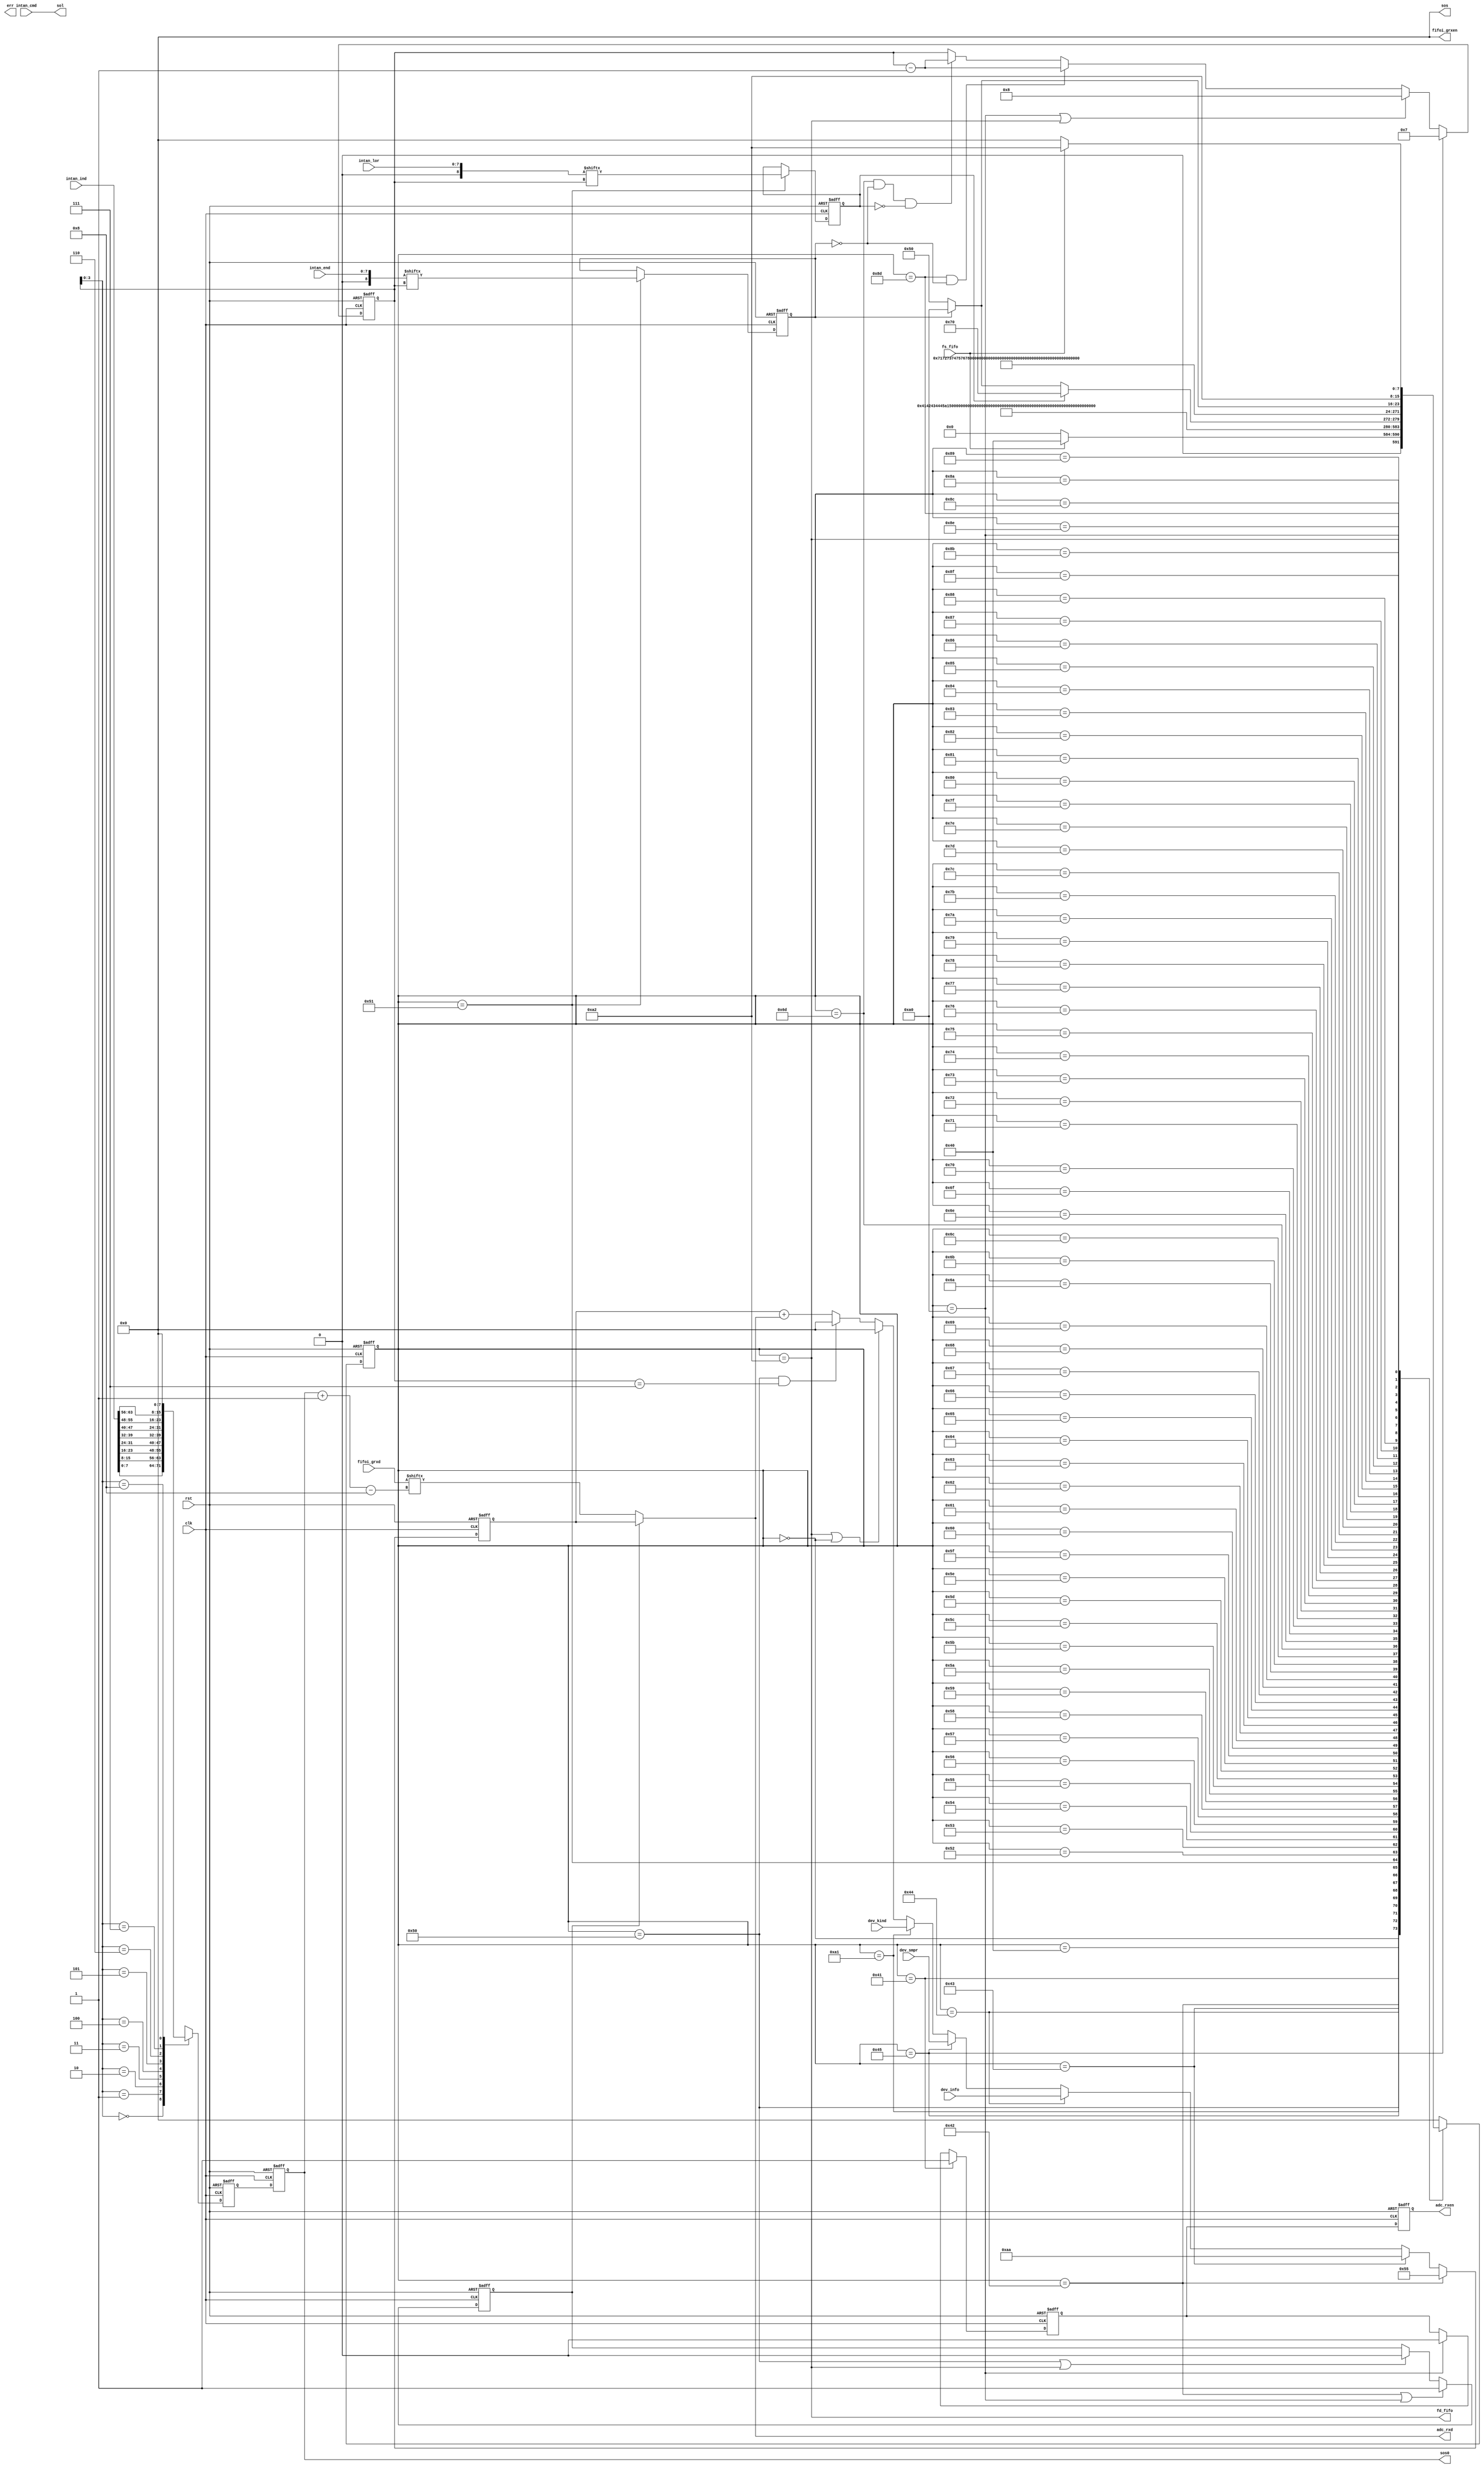
// ## 0. DOCUMENT SECTION
// #region 
//////////////////////////////////////////////////////////////////////////////////
//                                                                              //
//                                                                              //
//      Please feel free to contact me if there are BUGs in my program.         //
//      For I know they are everywhere.                                         //
//      I can do nothing but encourage you to debug desperately.                //
//      GOOD LUCK, HAVE FUN!!                                                   //
//////////////////////////////////////////////////////////////////////////////////
//                                                                              //
//                              SJTU BCI-Lab 205                                //
//                            All rights reserved                               //
//                                                                              //
//////////////////////////////////////////////////////////////////////////////////
// fifo2adc.v:
//  ADC-II FIFO  ETH-II FIFO

// ## 1. 
// * 

// ## 2. 
// * fifoi_grxen 
// * adc_rxen 
// *  

//////////////////////////////////////////////////////////////////////////////////
// #endregion 
module fifo2adc( // 
    // ## 1. IO SECTION
    // #region

    // #### CRE SECTION
    input clk,
    input rst,
    output err,

    // #### CONTROL SECTION
    // ###### OPTION PART
    input fs_fifo,
    output fd_fifo,

    output reg adc_rxen, // fifod 
    output  [7:0] fifoi_grxen, //intan_fifo
    // ###### DATA PART

    // #### DATA_SECTION
    input [7:0] dev_kind, // 
    input [7:0] dev_info, // 44
    input [7:0] dev_smpr,

    input [63:0] fifoi_grxd,
    output [7:0] adc_rxd,

    input [63:0] intan_cmd,
    input [63:0] intan_ind,
    input [7:0] intan_lor,
    input [7:0] intan_end,
    output [7:0] sos,
    output [7:0] sos0,
    output [63:0] sol
    
    // #endregion
);
    
    // ## 2. VARIABLE SECTION
    // #regiond
    // #### 1. REGISTER PART
    // #region
    // ###### OPTION
    // ###### LINK
    reg [7:0] state, next_state;
    wire [7:0] fifoi_gcmd[8:0]; // INTANFIFO 0x80 // FIFO_RD_EN
    wire [8:0] fifoi_glor; // FIFO32
    wire [8:0] fifoi_gend; // FIFO
    wire [7:0] fifoi_gind[8:0]; // 0x3F // FIFO_IND
    reg [7:0] fifo_ind;
    reg [7:0] pprev_fifo_ind, prev_fifo_ind;
    reg flag_hord; // HEAD OR DATA

    reg flag_lort; // DATA LONG OR SHORT
    reg flag_end;
    reg [7:0] flag_cmd, nflag_cmd;
    reg [7:0] flag_ind;
    // ###### DATA
    reg [7:0] head_data;
    reg [7:0] fifo_num;
    reg [7:0] fifo_num_opt;
    reg prev_adc_rxen;

    // TEST
    assign sos = fifoi_grxen;
    assign sol = intan_cmd;
    assign sos0 = fifo_ind;
    // #endregion

    // #### 2. WIRE PART
    // #region

    // #endregion

    assign fifoi_gcmd[8] = 8'h00;
    assign fifoi_gcmd[7] = intan_cmd[63:56];
    assign fifoi_gcmd[6] = intan_cmd[55:48];
    assign fifoi_gcmd[5] = intan_cmd[47:40];
    assign fifoi_gcmd[4] = intan_cmd[39:32];
    assign fifoi_gcmd[3] = intan_cmd[31:24];
    assign fifoi_gcmd[2] = intan_cmd[23:16];
    assign fifoi_gcmd[1] = intan_cmd[15:8];
    assign fifoi_gcmd[0] = intan_cmd[7:0];

    assign fifoi_gind[8] = 8'h00;
    assign fifoi_gind[7] = intan_ind[63:56];
    assign fifoi_gind[6] = intan_ind[55:48];
    assign fifoi_gind[5] = intan_ind[47:40];
    assign fifoi_gind[4] = intan_ind[39:32];
    assign fifoi_gind[3] = intan_ind[31:24];
    assign fifoi_gind[2] = intan_ind[23:16];
    assign fifoi_gind[1] = intan_ind[15:8];
    assign fifoi_gind[0] = intan_ind[7:0];

    assign fifoi_glor = intan_lor;
    assign fifoi_gend = intan_end;

    // #### 3. PARAMETER PART
    // #region
    // ###### STATE MACHINE PAGE
    // MAIN
    localparam MAIN_IDLE = 8'h00;
    // OPTION


    // DATA
    localparam IDLE_READ = 8'h40;
    localparam HEAD00 = 8'h41, HEAD01 = 8'h42, DEVOPT = 8'h43, DEVSPR = 8'h44;
    localparam DEVTYE = 8'h45; 
    localparam DAT00H = 8'h50, DAT00L = 8'h51, DAT01H = 8'h52, DAT01L = 8'h53;
    localparam DAT02H = 8'h54, DAT02L = 8'h55, DAT03H = 8'h56, DAT03L = 8'h57;
    localparam DAT04H = 8'h58, DAT04L = 8'h59, DAT05H = 8'h5A, DAT05L = 8'h5B;
    localparam DAT06H = 8'h5C, DAT06L = 8'h5D, DAT07H = 8'h5E, DAT07L = 8'h5F;
    localparam DAT08H = 8'h60, DAT08L = 8'h61, DAT09H = 8'h62, DAT09L = 8'h63;
    localparam DAT10H = 8'h64, DAT10L = 8'h65, DAT11H = 8'h66, DAT11L = 8'h67;
    localparam DAT12H = 8'h68, DAT12L = 8'h69, DAT13H = 8'h6A, DAT13L = 8'h6B;
    localparam DAT14H = 8'h6C, DAT14L = 8'h6D, DAT15H = 8'h6E, DAT15L = 8'h6F;
    localparam DAT16H = 8'h70, DAT16L = 8'h71, DAT17H = 8'h72, DAT17L = 8'h73;
    localparam DAT18H = 8'h74, DAT18L = 8'h75, DAT19H = 8'h76, DAT19L = 8'h77;
    localparam DAT20H = 8'h78, DAT20L = 8'h79, DAT21H = 8'h7A, DAT21L = 8'h7B;
    localparam DAT22H = 8'h7C, DAT22L = 8'h7D, DAT23H = 8'h7E, DAT23L = 8'h7F;
    localparam DAT24H = 8'h80, DAT24L = 8'h81, DAT25H = 8'h82, DAT25L = 8'h83;
    localparam DAT26H = 8'h84, DAT26L = 8'h85, DAT27H = 8'h86, DAT27L = 8'h87;
    localparam DAT28H = 8'h88, DAT28L = 8'h89, DAT29H = 8'h8A, DAT29L = 8'h8B;
    localparam DAT30H = 8'h8C, DAT30L = 8'h8D, DAT31H = 8'h8E, DAT31L = 8'h8F;
    localparam DATACK = 8'hA0, DATA_START = 8'hA1, DATA_DONE = 8'hA2;
    // #endregion
    // #endregion

    // ## 3. LOGICAL SECTION
    // #region
    // #### 1. COMBINATIONAL LOGIC PART
    // #region
    assign adc_rxd = (flag_hord==1'b1) ?head_data :fifoi_grxd[fifo_ind -: 8];
    assign fifoi_grxen = 8'h00;
    assign fd_fifo = (state == DATA_DONE);

    // #endregion

    // #### 2. SEQUENTIAL LOGIC PART
    // #region
    always @(posedge clk or posedge rst) begin // STATE
        if(rst) begin
            state <= MAIN_IDLE;
        end
        else begin
            state <= next_state;
        end
    end

    
    // always @(posedge clk or posedge rst) begin // fifoi_grxen
    //     if(rst) begin
    //         fifoi_grxen <= 8'h00;
    //     end
    //     else if(state == DAT31H && (~flag_end)) begin
    //         fifoi_grxen <= flag_cmd | nflag_cmd;
    //     end
    //     else if(state == DAT31H && (flag_end)) begin
    //         fifoi_grxen <= flag_cmd;
    //     end
    //     else if(state == DAT15L &&(~flag_end) && (~flag_lort)) begin
    //         fifoi_grxen <= flag_cmd | nflag_cmd;
    //     end
    //     else if(state == DAT15H &&(flag_end) && (~flag_lort)) begin
    //         fifoi_grxen <= flag_cmd;
    //     end 
    //     else if(state == DAT15L &&(flag_end) && (~flag_lort)) begin
    //         fifoi_grxen <= 8'h00;
    //     end
    //     else if(state == DAT31L && (flag_end)) begin
    //         fifoi_grxen <= 8'h00;
    //     end       
    //     else if(state == DATACK) begin
    //         fifoi_grxen <= 8'h00;
    //     end
    //     else begin
    //         fifoi_grxen <= flag_cmd;
    //     end

    // end
    
    always@(*) begin // STATE_READ
        case(state)
            MAIN_IDLE: begin
                if(fs_fifo)begin
                    next_state <= IDLE_READ;
                end
                else begin
                    next_state <= MAIN_IDLE;
                end
            end
            IDLE_READ: next_state <= HEAD00;
            HEAD00: next_state <= HEAD01;
            HEAD01: next_state <= DEVOPT;
            DEVOPT: next_state <= DEVSPR;
            DEVSPR: next_state <= DEVTYE;
            DEVTYE: next_state <= DATA_START;
            DATA_START: next_state <= DAT00H;
            DAT00H: next_state <= DAT00L;
            DAT00L: next_state <= DAT01H;
            DAT01H: next_state <= DAT01L;
            DAT01L: next_state <= DAT02H;
            DAT02H: next_state <= DAT02L;
            DAT02L: next_state <= DAT03H;
            DAT03H: next_state <= DAT03L;
            DAT03L: next_state <= DAT04H;
            DAT04H: next_state <= DAT04L;
            DAT04L: next_state <= DAT05H;
            DAT05H: next_state <= DAT05L;
            DAT05L: next_state <= DAT06H;
            DAT06H: next_state <= DAT06L;
            DAT06L: next_state <= DAT07H;
            DAT07H: next_state <= DAT07L;
            DAT07L: next_state <= DAT08H;
            DAT08H: next_state <= DAT08L;
            DAT08L: next_state <= DAT09H;
            DAT09H: next_state <= DAT09L;
            DAT09L: next_state <= DAT10H;
            DAT10H: next_state <= DAT10L;
            DAT10L: next_state <= DAT11H;
            DAT11H: next_state <= DAT11L;
            DAT11L: next_state <= DAT12H;
            DAT12H: next_state <= DAT12L;
            DAT12L: next_state <= DAT13H;
            DAT13H: next_state <= DAT13L;
            DAT13L: next_state <= DAT14H;
            DAT14H: next_state <= DAT14L;
            DAT14L: next_state <= DAT15H;
            DAT15H: next_state <= DAT15L;
            DAT15L: begin
                if(flag_lort) next_state <= DAT16H;
                else if(flag_end) next_state <= DATACK;
                else next_state <= DAT00H;
            end
            DAT16H: next_state <= DAT16L;
            DAT16L: next_state <= DAT17H;
            DAT17H: next_state <= DAT17L;
            DAT17L: next_state <= DAT18H;
            DAT18H: next_state <= DAT18L;
            DAT18L: next_state <= DAT19H;
            DAT19H: next_state <= DAT19L;
            DAT19L: next_state <= DAT20H;
            DAT20H: next_state <= DAT20L;
            DAT20L: next_state <= DAT21H;
            DAT21H: next_state <= DAT21L;
            DAT21L: next_state <= DAT22H;
            DAT22H: next_state <= DAT22L;
            DAT22L: next_state <= DAT23H;
            DAT23H: next_state <= DAT23L;
            DAT23L: next_state <= DAT24H;
            DAT24H: next_state <= DAT24L;
            DAT24L: next_state <= DAT25H;
            DAT25H: next_state <= DAT25L;
            DAT25L: next_state <= DAT26H;
            DAT26H: next_state <= DAT26L;
            DAT26L: next_state <= DAT27H;
            DAT27H: next_state <= DAT27L;
            DAT27L: next_state <= DAT28H;
            DAT28H: next_state <= DAT28L;
            DAT28L: next_state <= DAT29H;
            DAT29H: next_state <= DAT29L;
            DAT29L: next_state <= DAT30H;
            DAT30H: next_state <= DAT30L;
            DAT30L: next_state <= DAT31H;
            DAT31H: next_state <= DAT31L;
            DAT31L: begin
                if(flag_end) begin
                    next_state <= DATACK;
                end
                else begin
                    next_state <= DAT00H;
                end
            end
            DATACK: next_state <= DATA_DONE;
            DATA_DONE: begin
                if(fs_fifo == 1'b0) begin
                    next_state <= MAIN_IDLE;
                end
                else begin
                    next_state <= DATA_DONE;
                end
            end
            default: next_state <= MAIN_IDLE;
        endcase
    end

    always @(posedge clk or posedge rst) begin // head_data
        if(rst) begin
            head_data <= 8'h00;
        end
        else if(state == HEAD01) begin
            head_data <= 8'h55;
        end
        else if(state == DEVOPT) begin
            head_data <= 8'hAA;
        end
        else if(state == DEVSPR) begin
            head_data <= dev_info;
        end
        else if(state == DEVTYE) begin
            head_data <= dev_smpr;
        end
        else if(state == DATA_START) begin
            head_data <= dev_kind;
        end
        else if((state == DATA_DONE) || (state == MAIN_IDLE)) begin
            head_data <= 8'h00;
        end
        else if(state == DAT00H && (fifo_num==8'h07)) begin
            head_data <= 8'h00;
        end
        else begin
            head_data <= head_data + adc_rxd;
        end
    end
    
    always @(posedge clk or posedge rst) begin // adc_rxen
        if(rst) begin
            prev_adc_rxen <= 1'b0;
            adc_rxen <= 1'b0;
        end
        else if(state == HEAD00) begin
            prev_adc_rxen <= 1'b1;
            adc_rxen <= prev_adc_rxen;
        end
        else if(state == DATACK) begin
            prev_adc_rxen <= 1'b0;
            adc_rxen <= prev_adc_rxen;
        end
        else begin
            prev_adc_rxen <= prev_adc_rxen;
            adc_rxen <= prev_adc_rxen;
        end
    end

    always @(posedge clk or posedge rst) begin // fifo_num
        if(rst) begin
            fifo_num <= 8'h08;
        end
        else if(state == DEVTYE) begin
            fifo_num <= 8'h07;
        end
        else if(state == DATACK || (state == DATA_DONE)) begin
            fifo_num <= 8'h08;
        end
        else if(state == DAT30L && (~flag_end)) begin
            fifo_num <= fifo_num - 8'h01;
        end
        else if(state == DAT14L && (~flag_end) && ~flag_lort) begin
            fifo_num <= fifo_num - 8'h01;
        end
        else begin
            fifo_num <= fifo_num;
        end
    end

    always @(posedge clk or posedge rst) begin // data_long_or_short
        if(rst) begin
            flag_lort <= 1'b0;
            flag_end <= 1'b0;
            flag_cmd <= 7'h0;
            nflag_cmd <= 7'h0;
        end
        else if(state == DAT00L) begin
            flag_lort <= fifoi_glor[fifo_num];
            flag_end <= fifoi_gend[fifo_num];
            flag_cmd <= fifoi_gcmd[fifo_num];
            nflag_cmd <= fifoi_gcmd[fifo_num-1'b1];
        end
        else begin
            flag_lort <= flag_lort;
            flag_end <= flag_end;
            flag_cmd <= flag_cmd;
            nflag_cmd <= nflag_cmd;
        end
    end

    always @(posedge clk or posedge rst) begin // fifo_ind
        if(rst) begin
            prev_fifo_ind <= 8'h00;
            fifo_ind <= 8'h00;
        end
        else begin
            prev_fifo_ind <= fifoi_gind[fifo_num];
            fifo_ind <= prev_fifo_ind;
        end
    end

    always @(posedge clk or posedge rst) begin // flag_hord
        if(rst) begin
            flag_hord <= 1'b0;
        end
        else if(state == HEAD01 || (state == DATACK)) begin
            flag_hord <= 1'b1;
        end
        else if(state == DAT00H || (state == DATA_DONE)) begin
            flag_hord <= 1'b0;
        end
        else begin
            flag_hord <= flag_hord;
        end
    end

    // #endregion
    // #endregion

    // ## 4. IP SECTION
    // #region
    // #endregion
endmodule